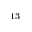
^ { 1 3 }